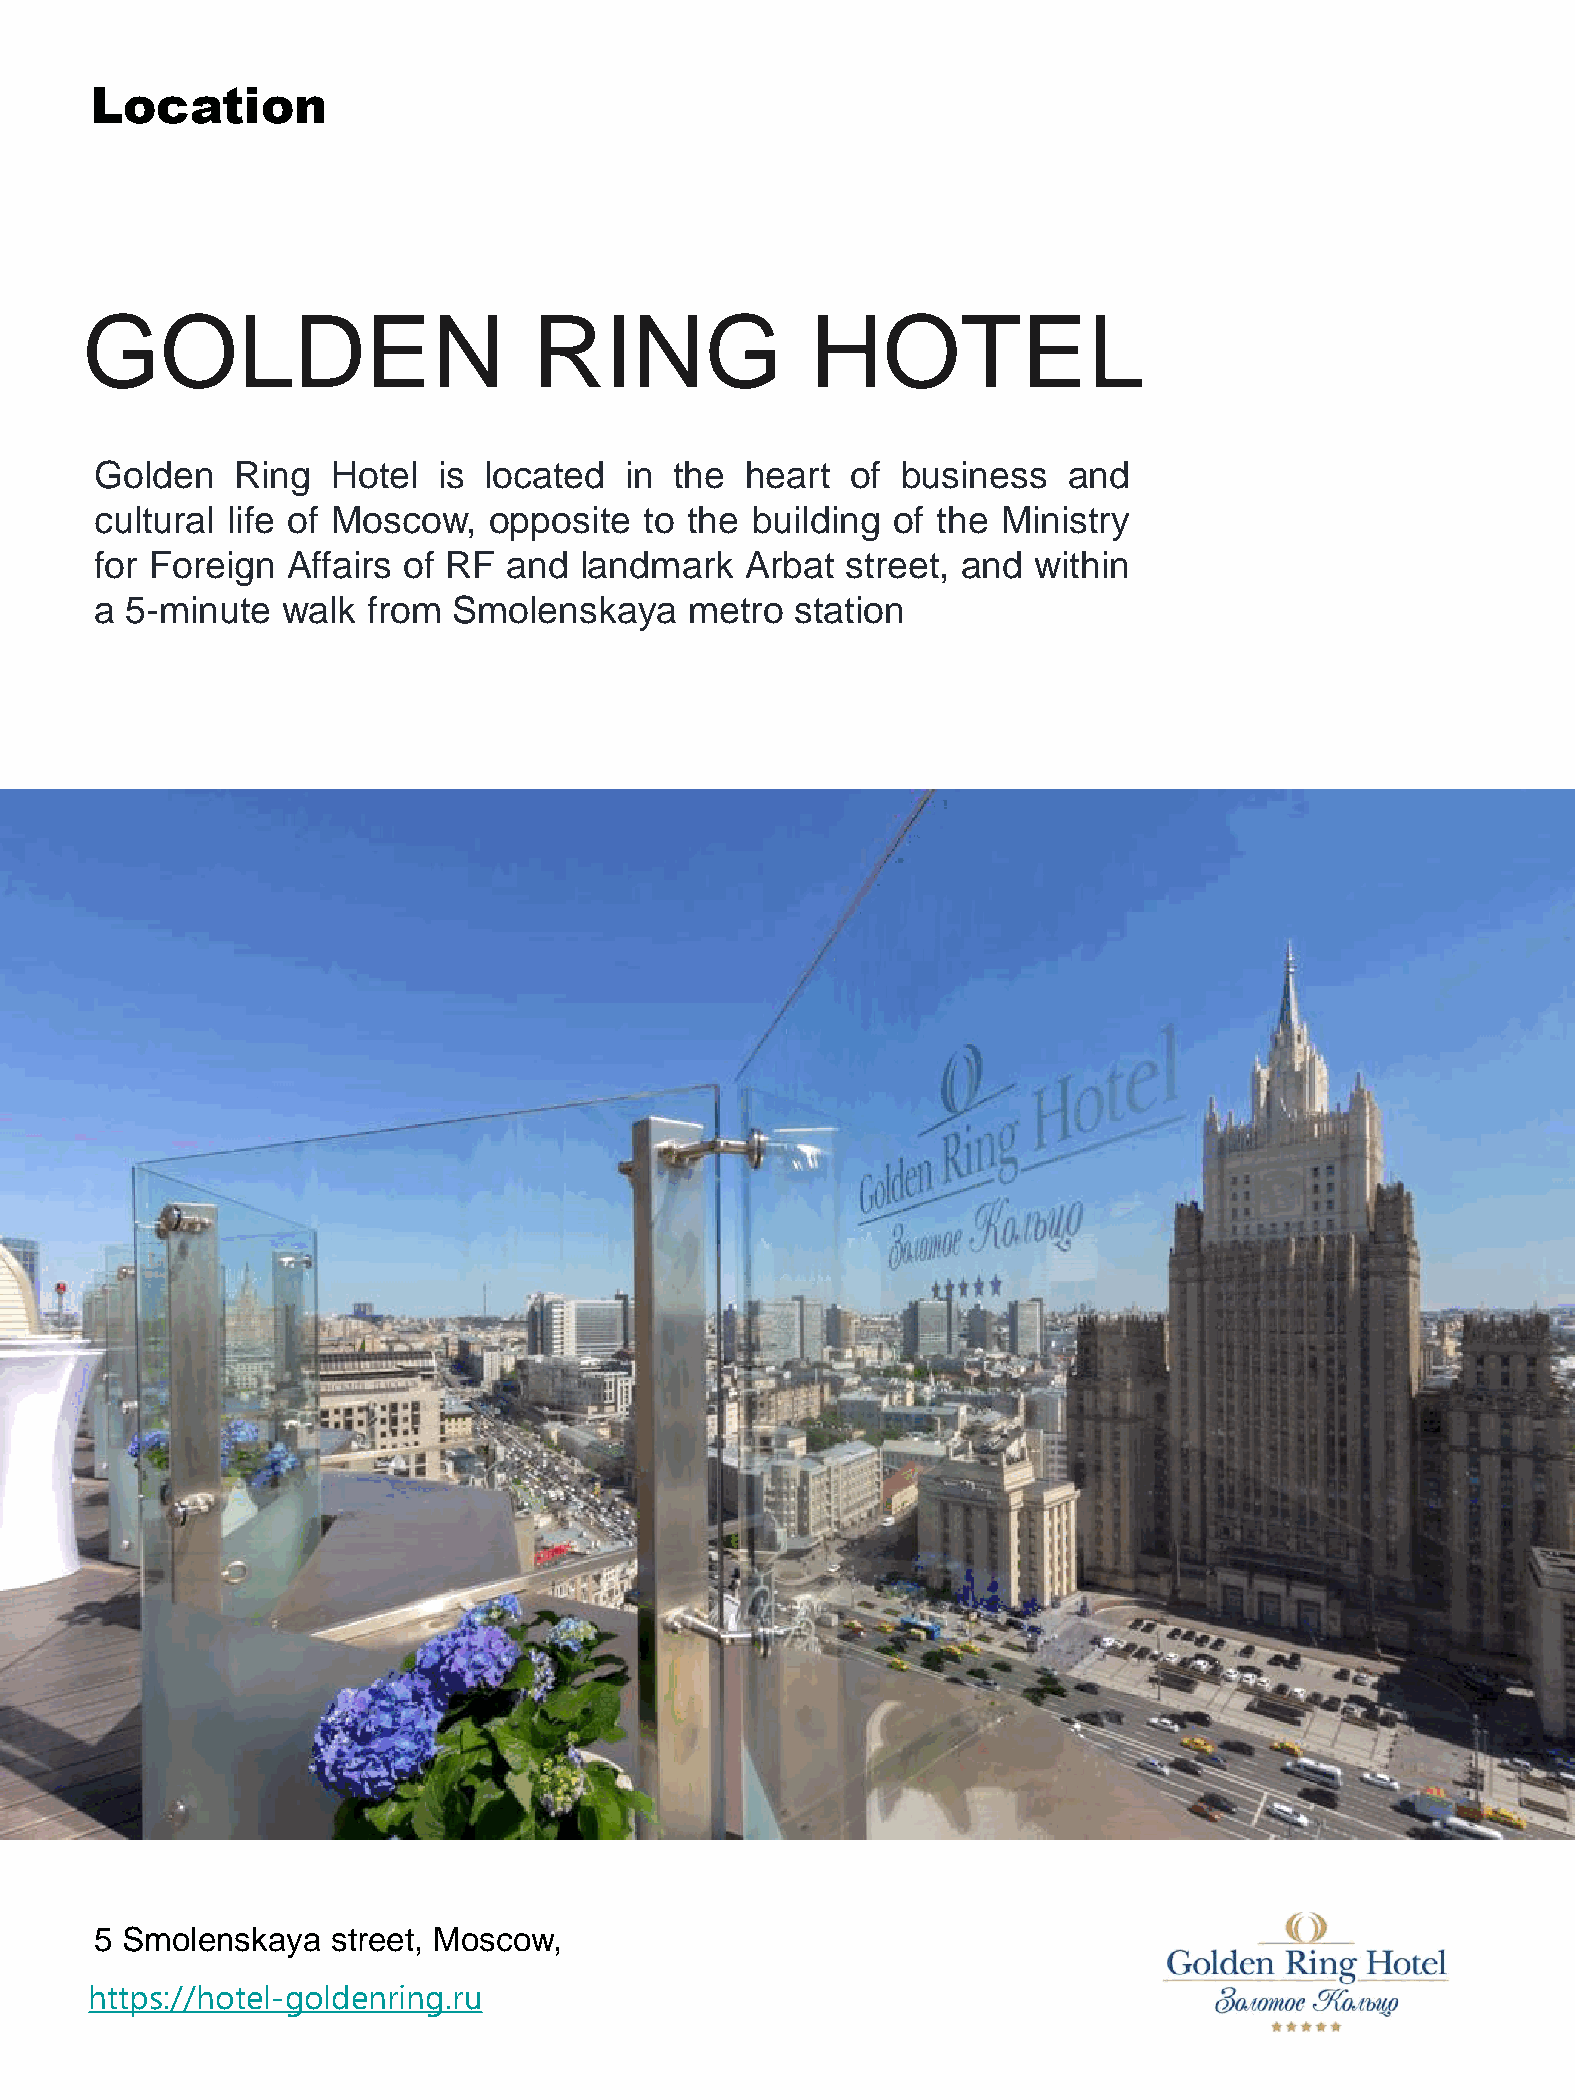
Location
 GOLDEN                        RING               HOTEL
 Golden    Ring  Hotel  is located  in  the heart  of  business   and
 cultural life of Moscow,  opposite   to the building of the Ministry
 for Foreign  Affairs of RF  and landmark   Arbat  street, and within
 a 5-minute   walk from  Smolenskaya     metro  station
 5 Smolenskaya   street, Moscow,
 https://hotel-goldenring.ru